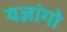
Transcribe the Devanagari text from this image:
यज्ञांगो